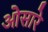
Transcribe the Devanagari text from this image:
ओसारे